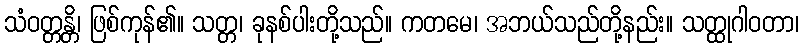
သံဝတ္တန္တိ၊ ဖြစ်ကုန်၏။ သတ္တ၊ ခုနစ်ပါးတို့သည်။ ကတမေ၊ အဘယ်သည်တို့နည်း။ သတ္ထုဂါဝတာ၊